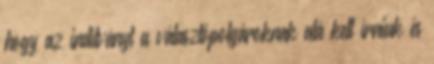
hogy az indítványt a választópolgároknak alá kell írniuk és